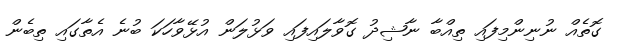
ގޮތެއް ނުނިންމިފައި ތިއްބާ ނާޝިދު ގޮވާލައިފައި ވަޅުލަން އުޅޭވާހަކަ ބުނެ އެތާގައި ތިބެން